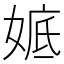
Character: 𡞖